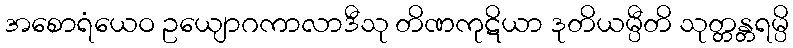
အစောရံယေဝ ဥယျောဂကာလာဒီသု တိဏကုဋိယာ ဒုတိယမ္ပီတိ သုတ္တန္တရမ္ပိ